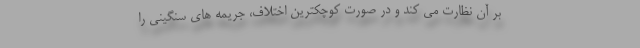
بر آن نظارت می کند و در صورت کوچکترین اختلاف، جریمه های سنگینی را